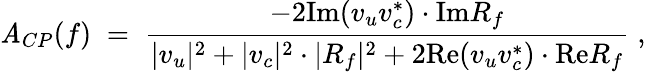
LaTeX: {\cal\mathit{A}}_{CP}(f)\; =\; \frac{{-2\mathrm{{Im}}(v_{u}v_{c}^{*})\cdot\mathrm{{Im}}R_{f}}}{{|v_{u}|^{2}+|v_{c}|^{2}\cdot|R_{f}|^{2}+2\mathrm{{Re}}(v_{u}v_{c}^{*})\cdot\mathrm{{Re}}R_{f}}}\; ,